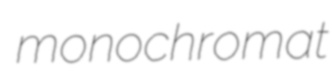
monochromat